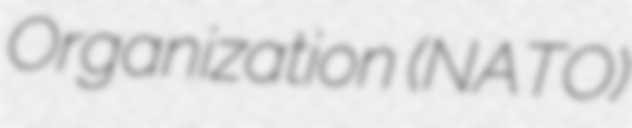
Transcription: Organization (NATO)